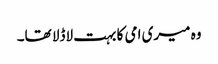
وہ میری امی کا بہت لاڈلا تھا۔